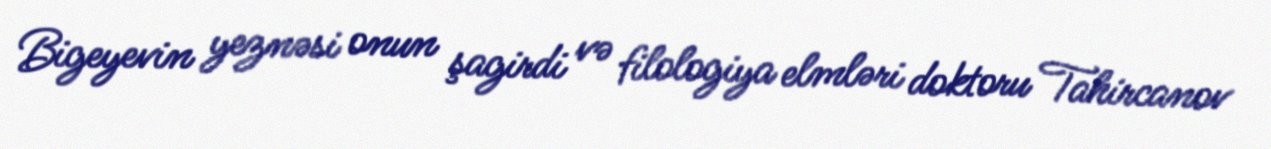
Bigeyevin yeznəsi onun şagirdi və filologiya elmləri doktoru Tahircanov